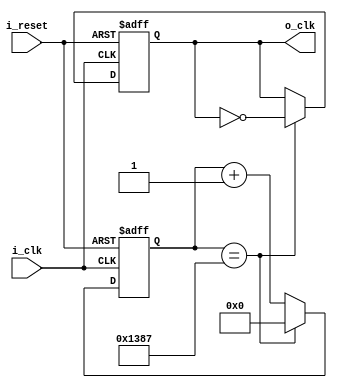
`timescale 1ns / 1ps
//////////////////////////////////////////////////////////////////////////////////
// Company: 
// Engineer: 
// 
// Design Name: 
// Module Name: clock_divider
// Project Name: 
// Target Devices: 
// Tool Versions: 
// Description: 
// 
// Dependencies: 
// 
// Revision:
// Revision 0.01 - File Created
// Additional Comments:
// 
//////////////////////////////////////////////////////////////////////////////////


module clock_divider(
    input i_clk, i_reset,
    output o_clk
    );

    reg [12:0] r_counter = 0;
    reg r_clk = 0;
    assign o_clk = r_clk;

    always @(posedge i_clk or posedge i_reset) begin
        if(i_reset) begin
            r_clk <= 0;
            r_counter <= 0;
        end
        else begin
            if(r_counter == 5_000 - 1) begin
                r_counter <= 0;
                r_clk <= ~r_clk;
            end
            else begin
                r_counter <= r_counter + 1;
            end
        end
    end
endmodule